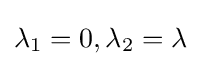
\lambda _{1}=0,\lambda _{2}=\lambda